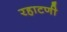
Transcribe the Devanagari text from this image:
रहाटणी